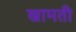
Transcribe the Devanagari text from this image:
खामती